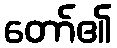
တော်၏